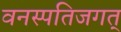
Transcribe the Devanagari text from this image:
वनस्पतिजगत्